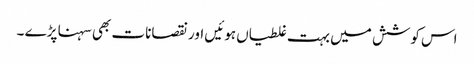
اس کوشش میں بہت غلطیاں ہوئیں اور نقصانات بھی سہنا پڑے ۔